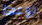
نوعها